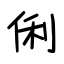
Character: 俐